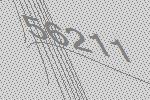
56211